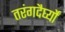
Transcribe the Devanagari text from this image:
तरंगदैर्घ्यों